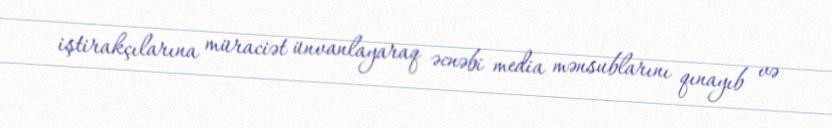
iştirakçılarına müraciət ünvanlayaraq əcnəbi media mənsublarını qınayıb və